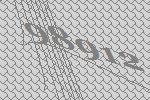
98912